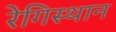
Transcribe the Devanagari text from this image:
रेगिस्थान